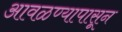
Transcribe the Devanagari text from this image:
आवळण्यापासून